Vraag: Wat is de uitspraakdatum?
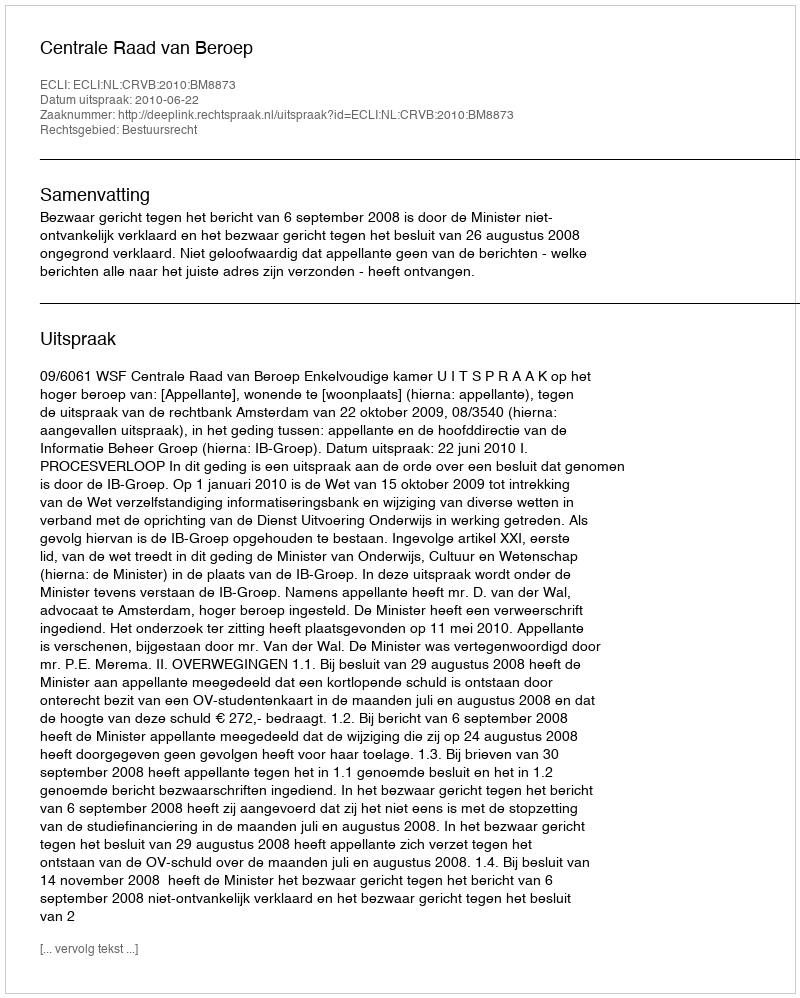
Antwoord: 2010-06-22